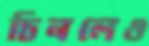
চিনলেও